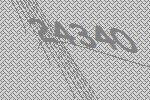
24340